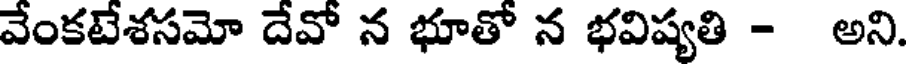
వేంకటేశసమో దేవో న భూతో న భవిష్యతి - అని.